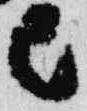
己